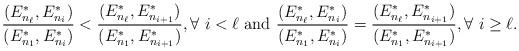
LaTeX: \begin{align*}\frac{(E^{*}_{n_{\ell}}, E^{*}_{n_{i}})}{(E^{*}_{n_{1}},E^{*}_{n_{i}})} <\frac{(E^{*}_{n_{\ell}}, E^{*}_{n_{i+1}})}{(E^{*}_{n_{1}},E^{*}_{n_{i+1}})}, \forall\ i < \ell \textnormal{ and } \frac{(E^{*}_{n_{\ell}}, E^{*}_{n_{i}})}{(E^{*}_{n_{1}},E^{*}_{n_{i}})} = \frac{(E^{*}_{n_{\ell}}, E^{*}_{n_{i+1}})}{(E^{*}_{n_{1}},E^{*}_{n_{i+1}})}, \forall\ i \geq \ell.\end{align*}